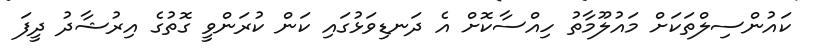
ކައުންސިލްތަކަށް މައުލޫމާތު ހިއްސާކޮށް އެ ދަނޑިވަޅުގައި ކަން ކުރަންވީ ގޮތުގެ އިރުޝާދު ދީފަ